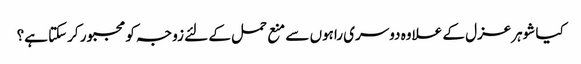
کیا شوہرعزل کے علاوہ دوسری راہوں سے منع حمل کے لئے زوجہ کو مجبور کرسکتا ہے؟